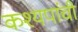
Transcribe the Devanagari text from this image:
कश्यपांची